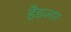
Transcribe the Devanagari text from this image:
हैडजार